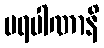
ပရပါဏာနိ